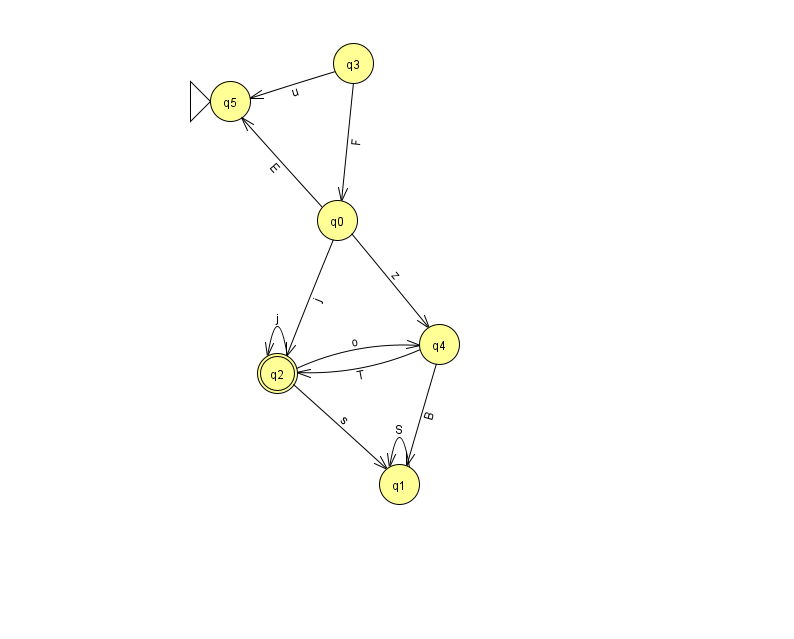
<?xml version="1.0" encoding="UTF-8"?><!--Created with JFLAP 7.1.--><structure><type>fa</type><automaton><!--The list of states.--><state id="0" name="q0"><x>337.0</x><y>207.0</y></state><state id="1" name="q1"><x>399.0</x><y>471.0</y></state><state id="2" name="q2"><x>277.0</x><y>360.0</y><final/></state><state id="3" name="q3"><x>353.0</x><y>50.0</y></state><state id="4" name="q4"><x>439.0</x><y>331.0</y></state><state id="5" name="q5"><x>230.0</x><y>88.0</y><initial/></state><!--The list of transitions.--><transition><from>0</from><to>5</to><read>E</read></transition><transition><from>4</from><to>1</to><read>B</read></transition><transition><from>1</from><to>1</to><read>S</read></transition><transition><from>2</from><to>4</to><read>o</read></transition><transition><from>0</from><to>4</to><read>z</read></transition><transition><from>3</from><to>5</to><read>u</read></transition><transition><from>2</from><to>2</to><read>j</read></transition><transition><from>2</from><to>1</to><read>s</read></transition><transition><from>0</from><to>2</to><read>j</read></transition><transition><from>4</from><to>2</to><read>T</read></transition><transition><from>3</from><to>0</to><read>F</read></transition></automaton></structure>